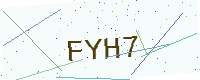
Text: FYH7